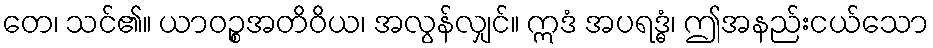
တေ၊ သင်၏။ ယာဝဉ္စအတိဝိယ၊ အလွန်လျှင်။ ဣဒံ အပရဒ္ဓံ၊ ဤအနည်းငယ်သော